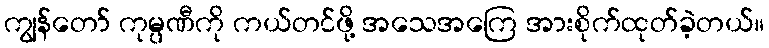
ကျွန်တော် ကုမ္ပဏီကို ကယ်တင်ဖို့ အသေအကြေ အားစိုက်ထုတ်ခဲ့တယ်။